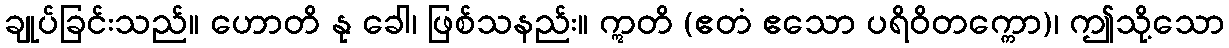
ချုပ်ခြင်းသည်။ ဟောတိ နု ခေါ၊ ဖြစ်သနည်း။ ဣတိ (ဧတံ ဧသော ပရိဝိတက္ကော)၊ ဤသို့သော